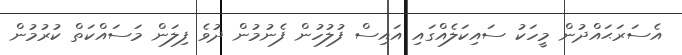
އެސަރަޙައްދުން މީހަކު ސައިކަލެއްގައި އައިސް ފުލުހުން ފެނުމުން ދުވެ ފިލަން މަސައްކަތް ކުރުމުން